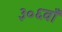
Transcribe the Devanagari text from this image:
३०६वाँ